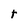
Character: t